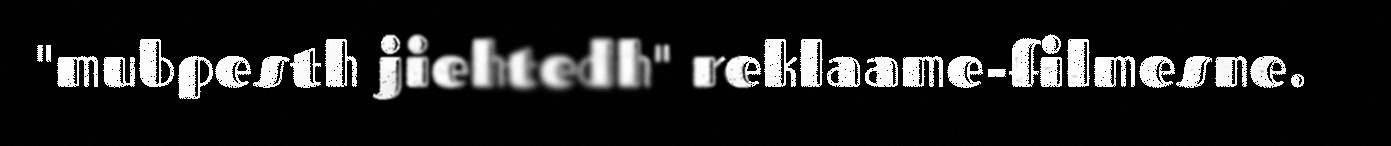
"mubpesth jiehtedh" reklaame-filmesne.